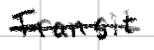
Text: Transit
Cross-out: single-line
Writing tool: digital_black